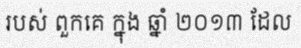
របស់ ពួកគេ ក្នុង ឆ្នាំ ២០១៣ ដែល